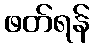
ဖတ်ရန်